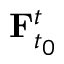
\mathbf { F } _ { t _ { 0 } } ^ { t }